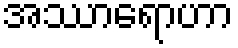
အဿာရောဟာ